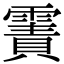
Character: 𩄾